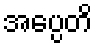
အပ္ပေတိ